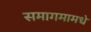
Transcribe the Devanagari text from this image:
समागमामधे